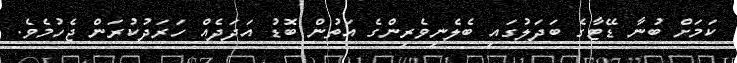
ކަމަށް ބުނާ ޑޭޓާގެ ބަދަލުގައި ބެލެނިވެރިންގެ އަތުން ބޮޑު އަދަދެއް ހަރަދުކުރަން ޖެހުމެވެ.